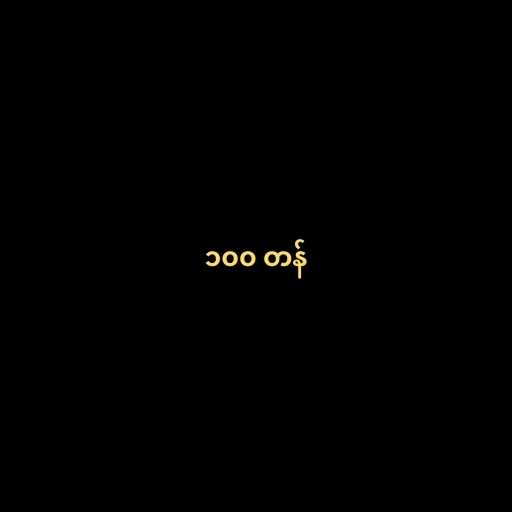
၁၀၀ တန်